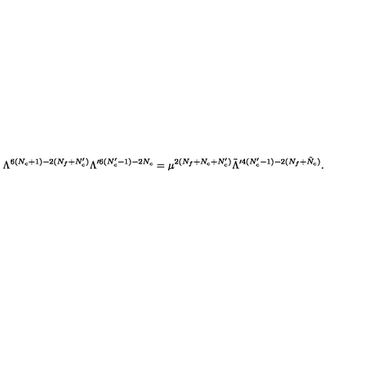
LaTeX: \Lambda ^ { 6 ( N _ { c } + 1 ) - 2 ( N _ { f } + N _ { c } ^ { \prime } ) } \Lambda ^ { \prime 6 ( N _ { c } ^ { \prime } - 1 ) - 2 N _ { c } } = \mu ^ { 2 ( N _ { f } + N _ { c } + N _ { c } ^ { \prime } ) } \tilde { \Lambda } ^ { \prime 4 ( N _ { c } ^ { \prime } - 1 ) - 2 ( N _ { f } + \tilde { N } _ { c } ) } .